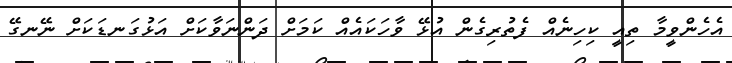
އެހެންވީމާ ތިއީ ކިހިނެއް ފެތުރިގެން އުޅޭ ވާހަކައެއް ކަމަށް ދަންނަވާކަށް އަޅުގަނޑަކަށް ނޭނގޭ